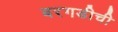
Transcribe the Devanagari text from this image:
बरगडीची